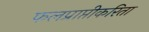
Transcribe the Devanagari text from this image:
फलप्राप्तीकरिता